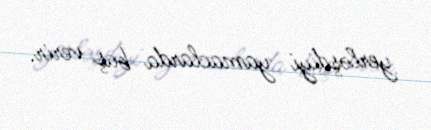
yerləşdiyi yamaclarda baş verir.